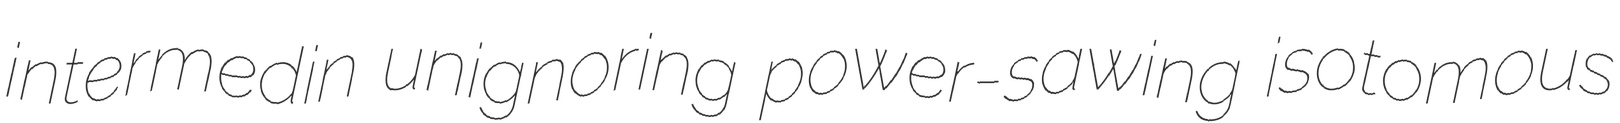
intermedin unignoring power-sawing isotomous